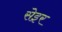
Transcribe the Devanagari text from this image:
सेइर